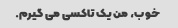
خوب، من یک تاکسی می گیرم.